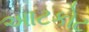
અાટકોટ